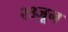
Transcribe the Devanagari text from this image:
२३जून